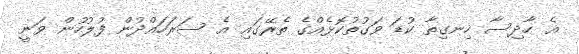
އެ ހާދިސާ ހިނގިތާ ކުޑަ ވަގުތުކޮޅެއްގެ ތެރޭގައި އެ ސަރަހައްދުން ފުލުހުން ވަނީ